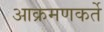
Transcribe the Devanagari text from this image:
आक्रमणकर्ते